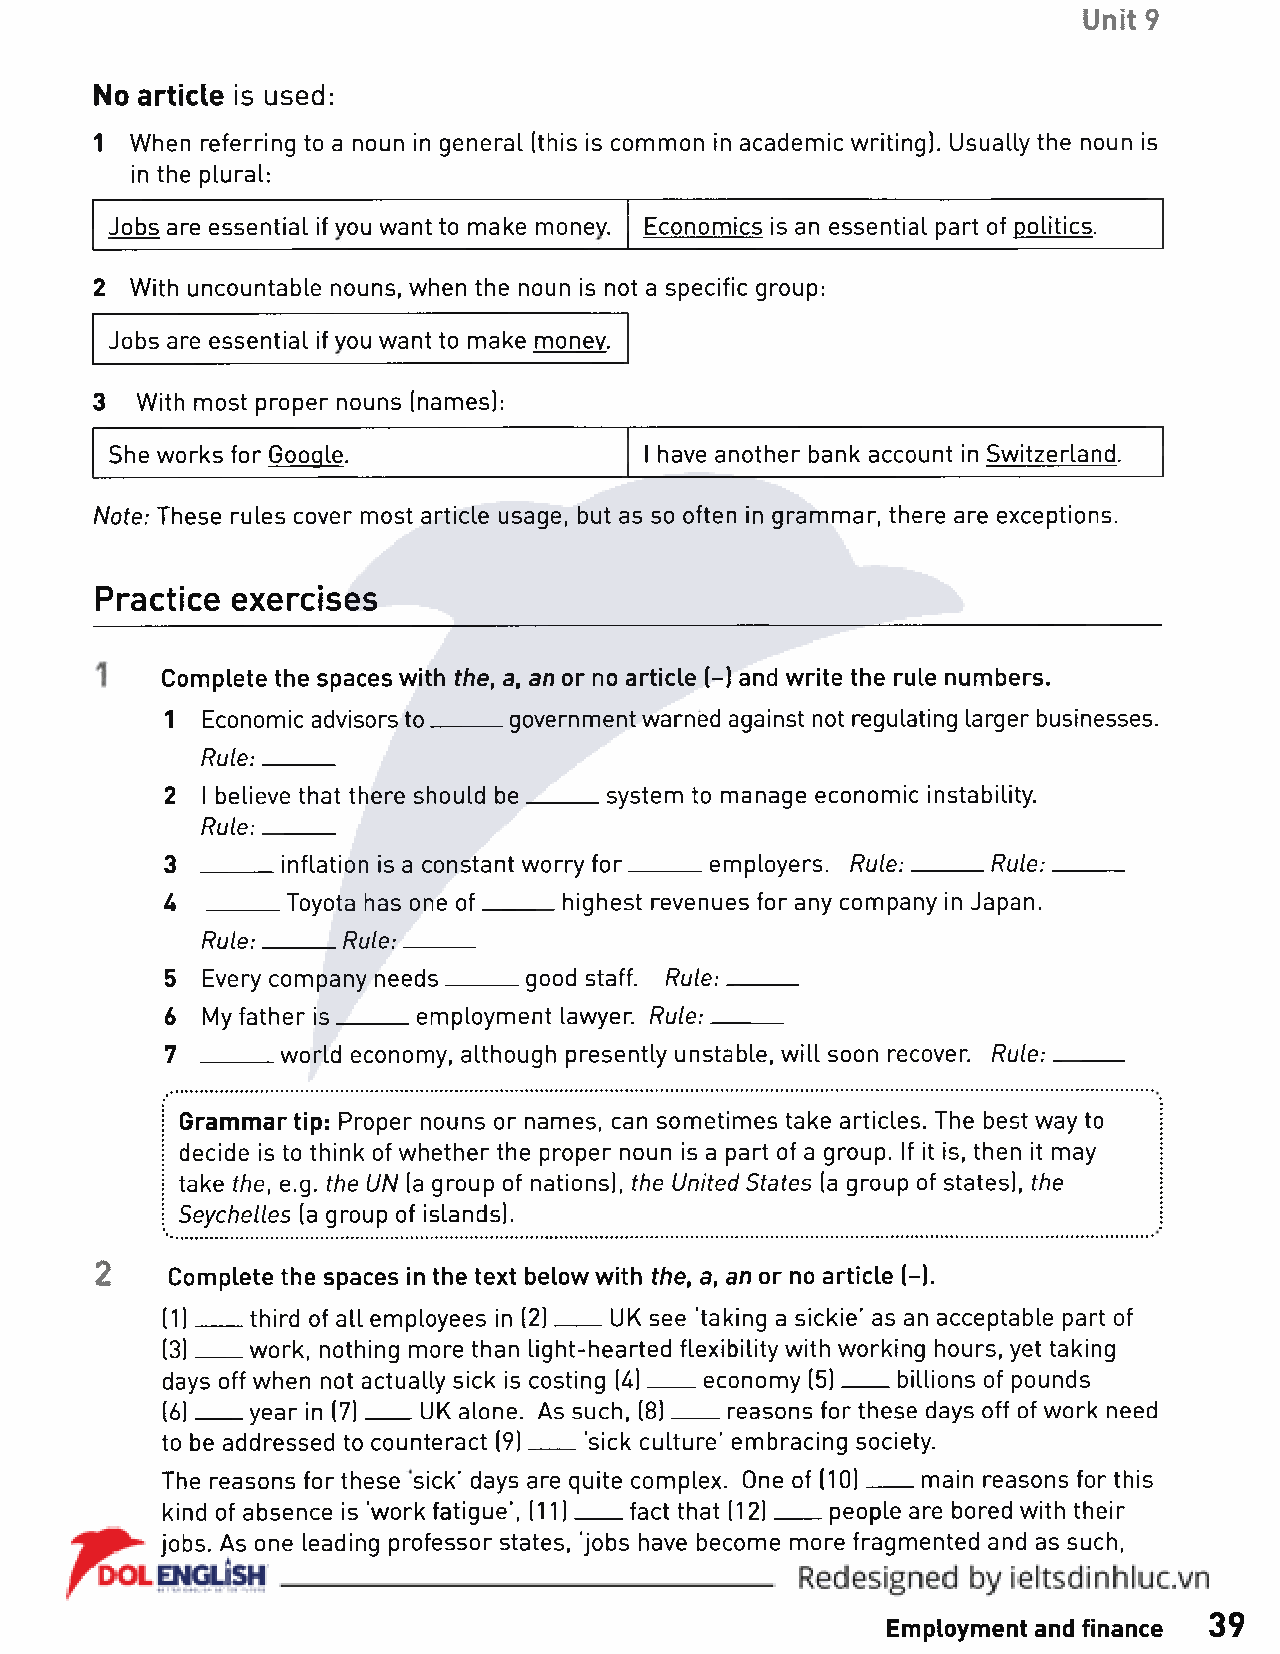
Unit 9
 No article is used:
 1  When referring to a noun in general (this is common in academic writing). Usually the noun is
 in the plural:
 Jobs are essential if vou want to make money. Economics is an essential part of politics.
 2  With uncountable nouns, when the noun is not a specific group:
 Jobs are essential if vou want to make monev.
 3  With most proper nouns (names):
 She works for Gooqle.               I have another bank account in Switzerland.
 Note: These rules cover most article usage, but as so often in grammar, there are exceptions.
 Practice exercises
 Complete the spaces with the, a, an or no article (-) and write the rule numbers.
 1 Economic advisors to______government warned against not regulating larger businesses.
 Rule:______
 2 I believe that there should be______system to manage economic instability.
 Rule:______
 3 ______inflation is a constant worry for______ employers. Rule:______ Rule:______
 U  _____Toyota has one of_______highest revenues for any company in Japan.
 Rule:______Rule:______
 5 Every company needs______good staff. Rule:______
 6 My father is______employment lawyer. Rule:______
 7 ______world economy, although presently unstable, will soon recover. Rule:______
 ! Grammar tip: Proper nouns or names, can sometimes take articles. The best way to
 \ decide is to think of whether the proper noun is a part of a group. If it is, then it may
 | take the, e.g. the UN (a group of nations), the United States (a group of states), the
 \ Seychelles (a group of islands).
 2    Complete the spaces in the text below with the, a, an or no article (-).
 (1)___ third of all employees in (2)____UK see 'taking a sickie’ as an acceptable part of
 (3)___ work, nothing more than light-hearted flexibility with working hours, yet taking
 days off when not actually sick is costing (4)____economy (5)____billions of pounds
 (6)___ year in (7)____UK alone. As such, (8)____reasons for these days off of work need
 to be addressed to counteract (9)____'sick culture’ embracing society.
 The reasons for these sick’ days are quite complex. One of (10)___ main reasons for this
 kind of absence is 'work fatigue’, (11)____fact that (12)____people are bored with their
 jobs. As one leading professor states, 'jobs have become more fragmented and as such,
 Employment and finance 39